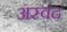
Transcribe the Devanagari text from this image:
अस्वद